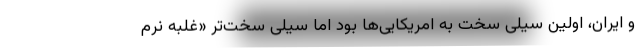
و ایران، اولین سیلی سخت به امریکایی‌ها بود اما سیلی سخت‌تر «غلبه نرم